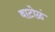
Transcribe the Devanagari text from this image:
वाटोळं